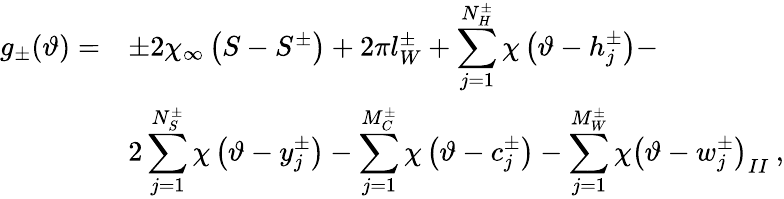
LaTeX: \begin{array}{rl}{{\displaystyle g_{\pm}(\vartheta)=}}&{{\pm 2\chi_{\infty}\left(S-S^{\pm}\right)+2\pi l_{W}^{\pm}+\displaystyle\sum_{j=1}^{N_{H}^{\pm}}\chi\left(\vartheta-h_{j}^{\pm}\right)-}}\\ {{}}&{{2\displaystyle\sum_{j=1}^{N_{S}^{\pm}}\chi\left(\vartheta-y_{j}^{\pm}\right)-\displaystyle\sum_{j=1}^{M_{C}^{\pm}}\chi\left(\vartheta-c_{j}^{\pm}\right)-\displaystyle\sum_{j=1}^{M_{W}^{\pm}}\chi\left(\vartheta-w_{j}^{\pm}\right)_{II}\: ,}}\end{array}